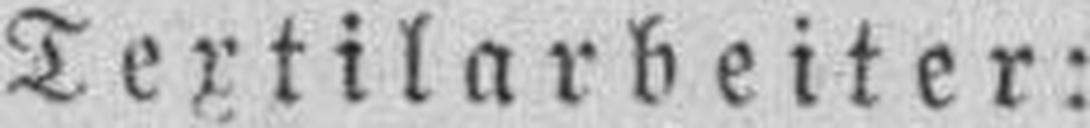
Textilarbeiter: